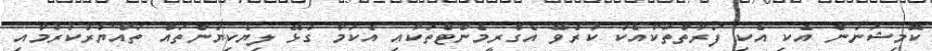
ކޮމިޝަނުން އެކި އެކި ފަރާތްތަކާއެކު ކުރެވޭ އެގްރީމެންޓްތަކާއި އެކަމާ ގުޅޭ ލިޔެކިޔުންތައް ތައްޔާރުކުރުމާއި